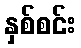
နှစ်စင်း